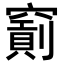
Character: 𥨐